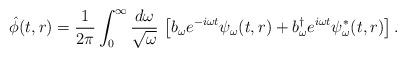
LaTeX: \begin{align*}\hat{\phi}(t,r) =\frac{1}{2\pi} \int_{0}^{\infty}\frac{d\omega}{\sqrt{\omega}} \, \left[ b_{\omega} e^{-i\omega t}\psi_{\omega}(t,r) +b^{\dagger}_{\omega} e^{i\omega t} \psi_{\omega}^{\ast}(t,r)\right].\end{align*}